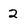
Character: 2